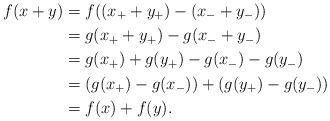
LaTeX: \begin{align*}f(x + y) &= f((x_+ + y_+) - (x_- + y_-)) \\ &= g(x_+ + y_+) - g(x_- + y_-) \\ &= g(x_+) + g(y_+) - g(x_-) - g(y_-) \\ &= (g(x_+) - g(x_-)) + (g(y_+) - g(y_-)) \\ &= f(x) + f(y).\end{align*}